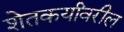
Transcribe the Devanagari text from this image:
शेतकर्यांवरील